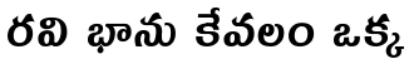
రవి భాను కేవలం ఒక్క